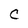
Character: C